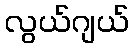
လွယ်ဂျယ်